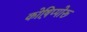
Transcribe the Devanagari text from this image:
कोष़िप्पोरू